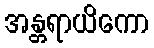
အန္တရာယိကော